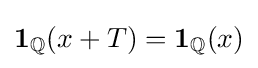
\mathbf {1} _{\mathbb {Q} }(x+T)=\mathbf {1} _{\mathbb {Q} }(x)